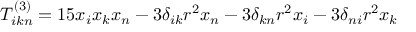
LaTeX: \quad T _ { i k n } ^ { ( 3 ) } = 1 5 x { _ { i } } x { _ { k } } x { _ { n } } - 3 \delta _ { i k } { r ^ { 2 } } x { _ { n } } - 3 \delta _ { k n } { r ^ { 2 } } x { _ { i } } - 3 \delta _ { n i } { r ^ { 2 } } x { _ { k } }